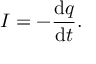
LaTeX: I = - { \frac { \mathrm { d } q } { \mathrm { d } t } } .